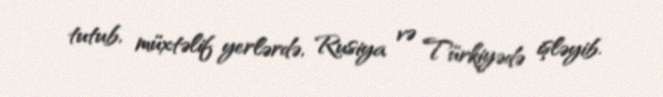
tutub, müxtəlif yerlərdə, Rusiya və Türkiyədə işləyib.